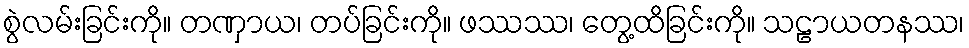
စွဲလမ်းခြင်းကို။ တဏှာယ၊ တပ်ခြင်းကို။ ဖဿဿ၊ တွေ့ထိခြင်းကို။ သဠာယတနဿ၊